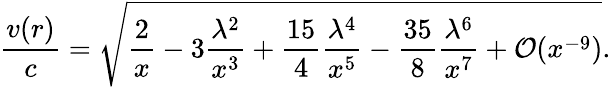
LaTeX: \frac{v(r)}{c}=\sqrt{\frac{2}{x}-3\frac{\lambda^{2}}{x^{3}}+\frac{15}{4}\frac{\lambda^{4}}{x^{5}}-\frac{35}{8}\frac{\lambda^{6}}{x^{7}}+{\cal O}(x^{-9})}.